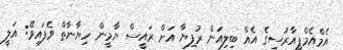
އެމްއެމްޕީއާރުސީގެ އެއް ބިލިއަން ރުފިޔާ އަށް ރައީސް ޔާމީން ހިޔާނާތް ވެފައިވޭ: އަލީ